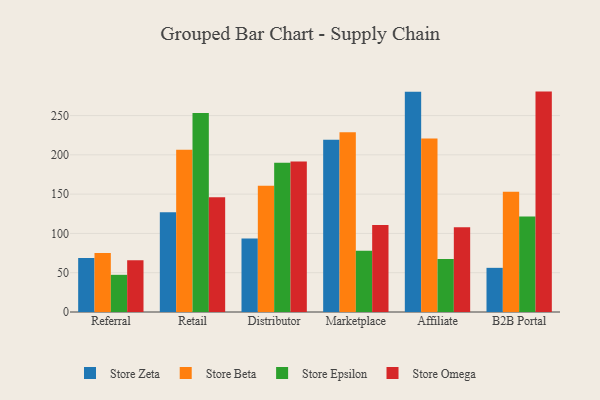
{"axis": {"x": "Channel", "y": "Bounce Rate (%)"}, "legend": ["Store Beta", "Store Epsilon", "Store Omega", "Store Zeta"], "data": [{"x": "Referral", "y": 68.6, "type": "Store Zeta"}, {"x": "Referral", "y": 75.1, "type": "Store Beta"}, {"x": "Referral", "y": 47.3, "type": "Store Epsilon"}, {"x": "Referral", "y": 66.0, "type": "Store Omega"}, {"x": "Retail", "y": 126.8, "type": "Store Zeta"}, {"x": "Retail", "y": 206.6, "type": "Store Beta"}, {"x": "Retail", "y": 253.2, "type": "Store Epsilon"}, {"x": "Retail", "y": 146.1, "type": "Store Omega"}, {"x": "Distributor", "y": 93.5, "type": "Store Zeta"}, {"x": "Distributor", "y": 160.8, "type": "Store Beta"}, {"x": "Distributor", "y": 189.8, "type": "Store Epsilon"}, {"x": "Distributor", "y": 191.4, "type": "Store Omega"}, {"x": "Marketplace", "y": 219.3, "type": "Store Zeta"}, {"x": "Marketplace", "y": 228.8, "type": "Store Beta"}, {"x": "Marketplace", "y": 77.8, "type": "Store Epsilon"}, {"x": "Marketplace", "y": 110.6, "type": "Store Omega"}, {"x": "Affiliate", "y": 280.4, "type": "Store Zeta"}, {"x": "Affiliate", "y": 220.8, "type": "Store Beta"}, {"x": "Affiliate", "y": 67.4, "type": "Store Epsilon"}, {"x": "Affiliate", "y": 108.0, "type": "Store Omega"}, {"x": "B2B Portal", "y": 56.2, "type": "Store Zeta"}, {"x": "B2B Portal", "y": 153.0, "type": "Store Beta"}, {"x": "B2B Portal", "y": 121.5, "type": "Store Epsilon"}, {"x": "B2B Portal", "y": 280.5, "type": "Store Omega"}]}